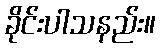
ခိုင်းပါသနည်း။